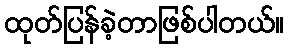
ထုတ်ပြန်ခဲ့တာဖြစ်ပါတယ်။